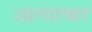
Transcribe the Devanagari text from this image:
आल्याव्बर